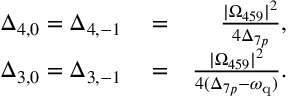
\begin{array} { r l r } { \Delta _ { 4 , 0 } = \Delta _ { 4 , - 1 } } & { { } = } & { \frac { | \Omega _ { 4 5 9 } | ^ { 2 } } { 4 \Delta _ { 7 p } } , } \\ { \Delta _ { 3 , 0 } = \Delta _ { 3 , - 1 } } & { { } = } & { \frac { | \Omega _ { 4 5 9 } | ^ { 2 } } { 4 ( \Delta _ { 7 p } - \omega _ { \mathrm { q } } ) } . } \end{array}